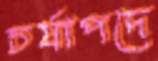
চর্যাপদে